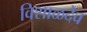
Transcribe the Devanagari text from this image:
विशाळदेव